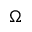
\Omega